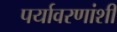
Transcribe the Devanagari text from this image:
पर्यावरणांशी